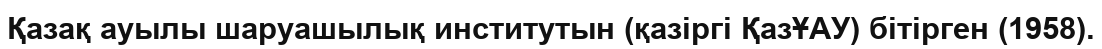
Қазақ ауылы шаруашылық институтын (қазіргі ҚазҰАУ) бітірген (1958).